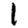
Digit: 1